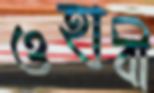
ওহাবী